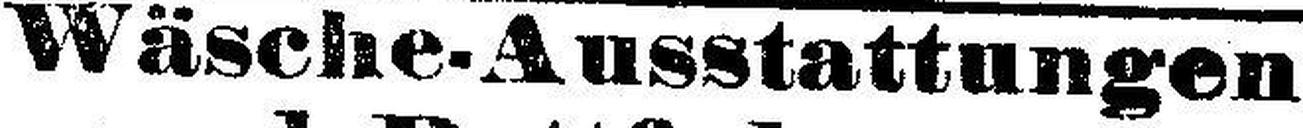
Wäsche-Ausstattungen